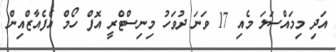
އަދި މިމައްސަލަ މެއި 17 ވަނަ ދުވަހު މިނިސްޓްރީ އޮފް ހޯމް އެފެއާޒްއިން